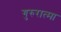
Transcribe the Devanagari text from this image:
गुरुरात्मा